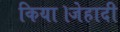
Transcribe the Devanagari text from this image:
किया।जेहादी